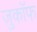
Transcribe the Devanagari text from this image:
ज़ुकाॅफ